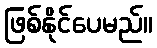
ဖြစ်နိုင်ပေမည်။